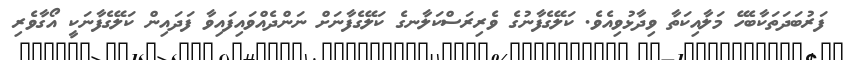
ފަރުބަދަތަކާބެހޭ މަލާއިކަތާ ވިދާޅުވިއެވެ. ކަލޭގެފާނުގެ ވެރިރަސްކަލާނގެ ކަލޭގެފާނަށް ނަންދެއްވައިފައިވާ ފަދައިން ކަލޭގެފާނަކީ އޯގާވެރި